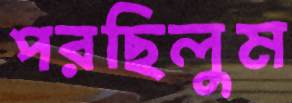
পরছিলুম